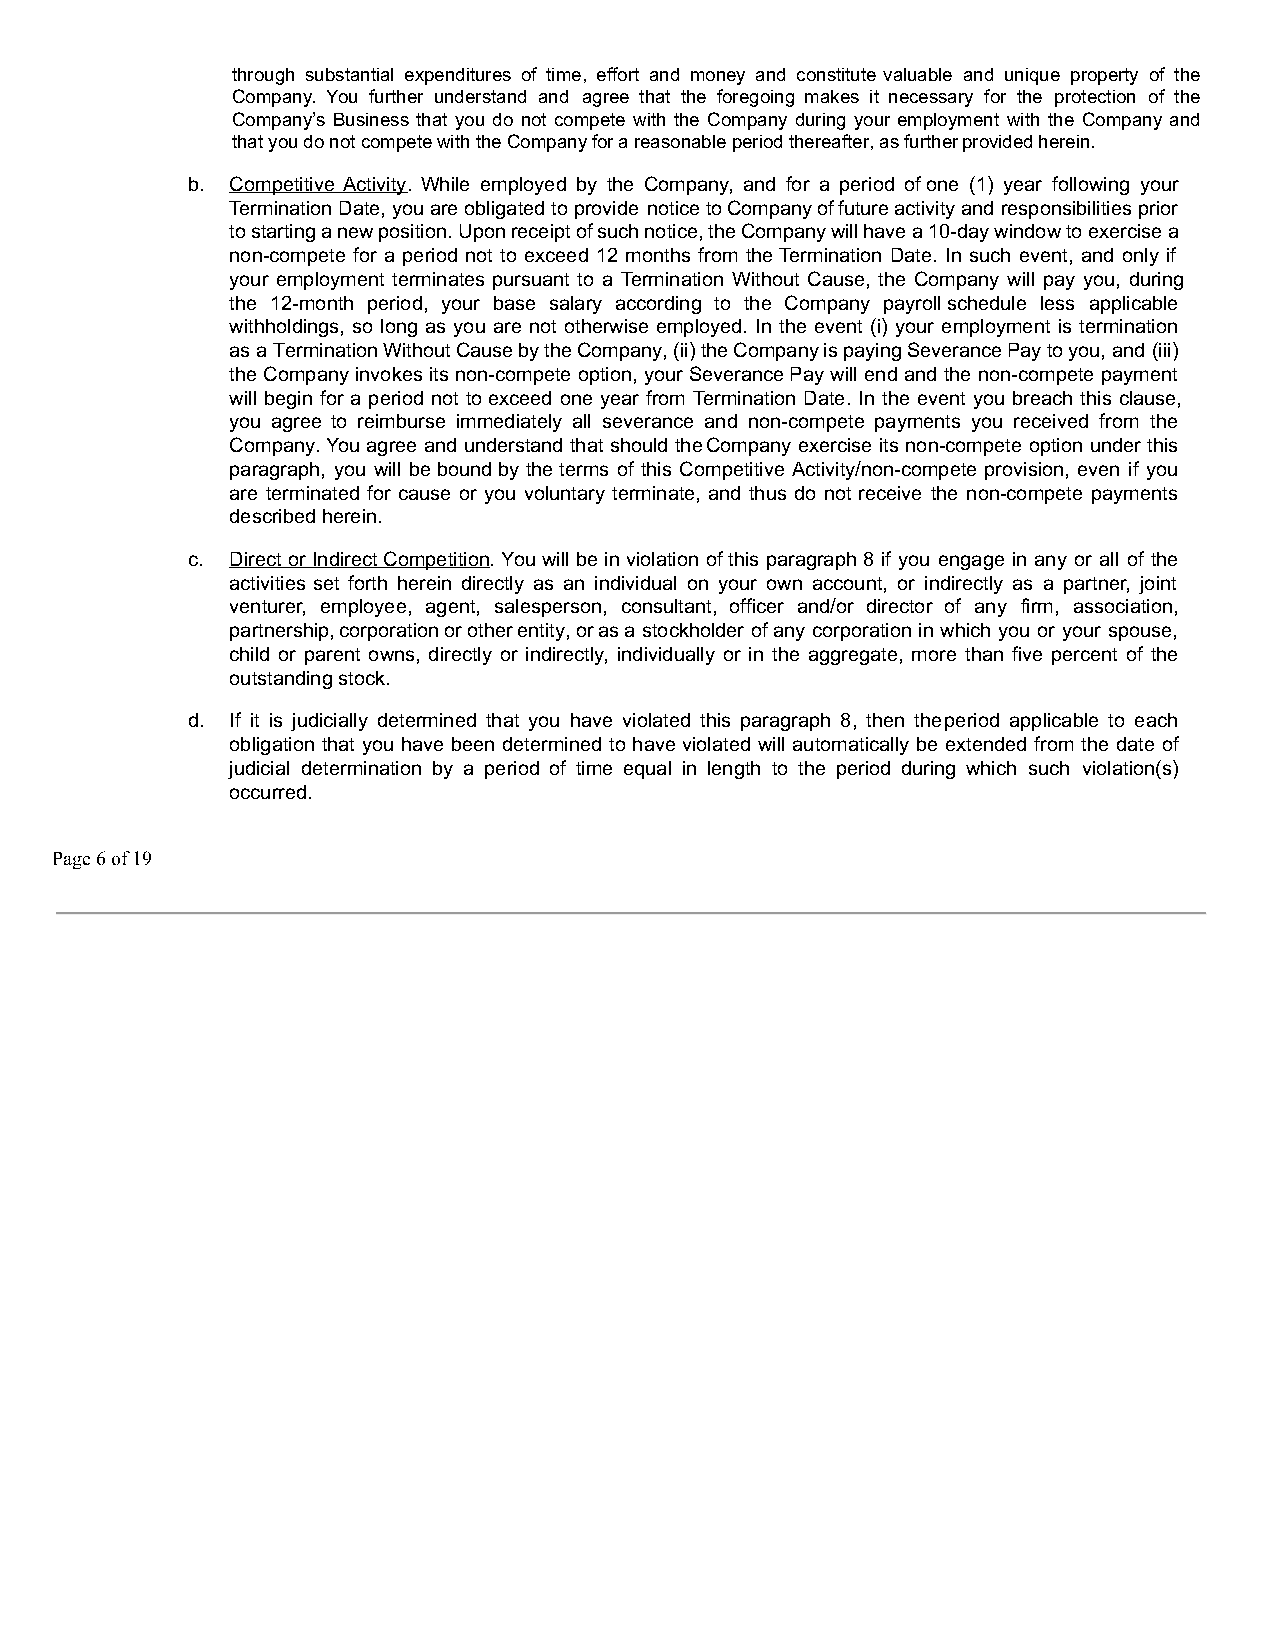
through substantial expenditures of time, effort and money and constitute valuable and unique property of the
 Company. You further understand and agree that the foregoing makes it necessary for the protection of the
 Company’s Business that you do not compete with the Company during your employment with the Company and
 that you do not compete with the Company for a reasonable period thereafter, as further provided herein.
 b. Competitive Activity. While employed by the Company, and for a period of one (1) year following your
 Termination Date, you are obligated to provide notice to Company of future activity and responsibilities prior
 to starting a new position. Upon receipt of such notice, the Company will have a 10-day window to exercise a
 non-compete for a period not to exceed 12 months from the Termination Date. In such event, and only if
 your employment terminates pursuant to a Termination Without Cause, the Company will pay you, during
 the 12-month period, your base salary according to the Company payrol lschedule less applicable
 withholdings, so long as you are not otherwise employed. In the event (i) your employment is termination
 as a Termination Without Cause by the Company, (ii) the Company is paying Severance Pay to you, and (iii)
 the Company invokes its non-compete option, your Severance Pay will end and the non-compete payment
 will begin for a period not to exceed one year from Termination Date. In the event you breach this clause,
 you agree to reimburse immediately all severance and non-compete payments you received from the
 Company. You agree and understand that should the Company exercise its non-compete option under this
 paragraph, you will be bound by the terms of this Competitive Activity/non-compete provision, even if you
 are terminated for cause or you voluntary terminate, and thus do not receive the non-compete payments
 described herein.
 c. Direct or Indirect Competition. You will be in violation of this paragraph 8 if you engage in any or all of the
 activities set forth herein directly as an individual on your own account, or indirectly as a partner, joint
 venturer, employee, agent, salesperson, consultant, officer and/or director of any firm, association,
 partnership, corporation or other entity, or as a stockholder of any corporation in which you or your spouse,
 child or parent owns, directly or indirectly, individually or in the aggregate, more than five percent of the
 outstanding stock.
 d. If it is judicially determined that you have violated this paragraph 8, then the period applicable to each
 obligation that you have been determined to have violated will automatically be extended from the date of
 judicial determination by a period of time equal in length to the period during which such violation(s)
 occurred.
 Page 6 of 19